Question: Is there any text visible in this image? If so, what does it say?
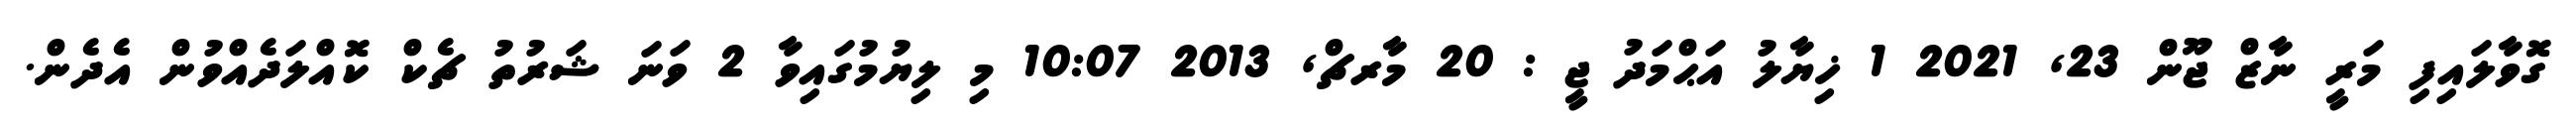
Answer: ގޮވާލައިފި މަރީ ނާޒް ޖޫން 23, 2021 1 ޚިޔާލު އަޙްމަދު ޖީ : 20 މާރޗް, 2013 10:07 މި ލިޔުމުގައިވާ 2 ވަނަ ޝަރުތު ޗެކް ކޮއްލަދެއްވުން އެދެން.